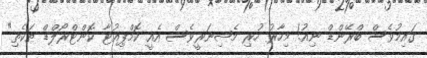
ގައިމުވެސް ބްރޭންޑް ނިއު! މިހާރު ހުރި މެޝިނަރީވެސް އެއީ ކޮމްޕިއުޓާ ކޮންޓްރޯލްޑް ތަކެތި"